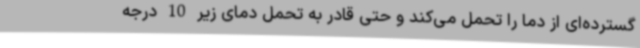
گسترده‌ای از دما را تحمل می‌کند و حتی قادر به تحمل دمای زیر 10 درجه